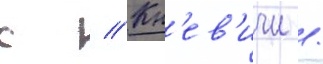
с // Кн'ев'ичи /